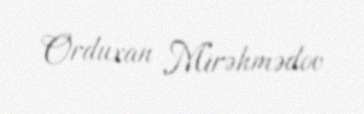
Orduxan Mirəhmədov